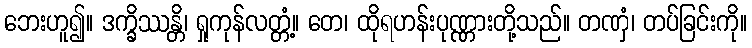
ဘေးဟူ၍။ ဒက္ခိဿန္တိ၊ ရှုကုန်လတ္တံ့။ တေ၊ ထိုရဟန်းပုဏ္ဏားတို့သည်။ တဏှံ၊ တပ်ခြင်းကို။